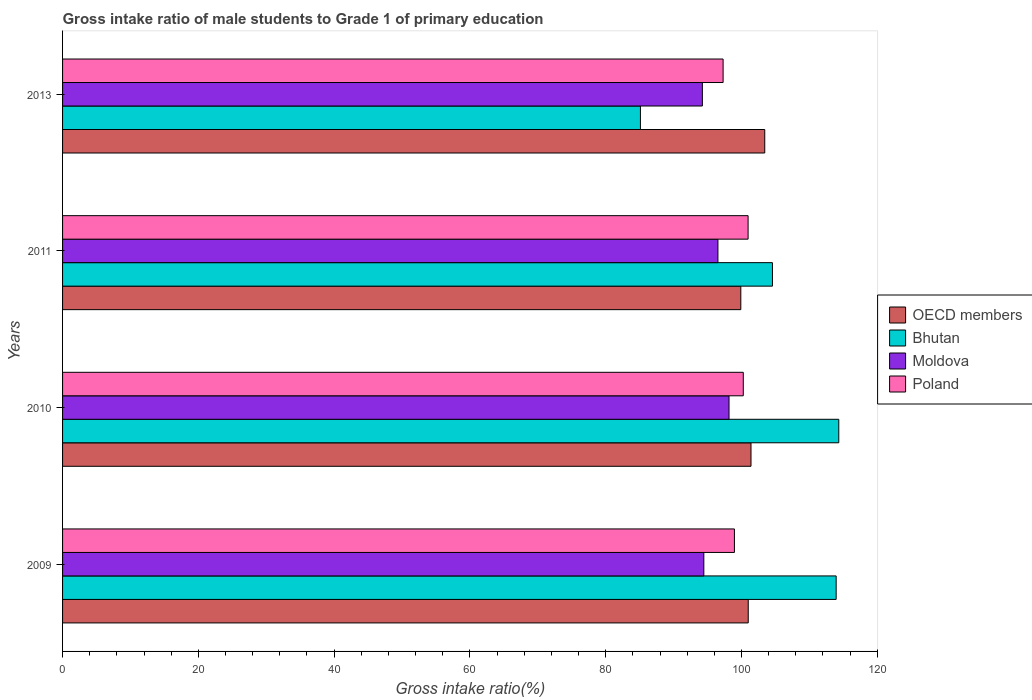
| Years | OECD members | Bhutan | Moldova | Poland |
 | --- | --- | --- | --- | --- |
 | 2009 | 101 | 114 | 94.5 | 99 |
 | 2010 | 101 | 114 | 98.2 | 100 |
 | 2011 | 99.9 | 105 | 96.5 | 101 |
 | 2013 | 103 | 85.1 | 94.2 | 97.3 |